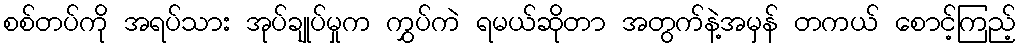
စစ်တပ်ကို အရပ်သား အုပ်ချုပ်မှုက ကွှပ်ကဲ ရမယ်ဆိုတာ အတွက်နဲ့အမှန် တကယ် စောင့်ကြည့်